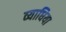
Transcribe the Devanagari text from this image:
व्याधिया